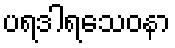
ပရဒါရသေဝနာ